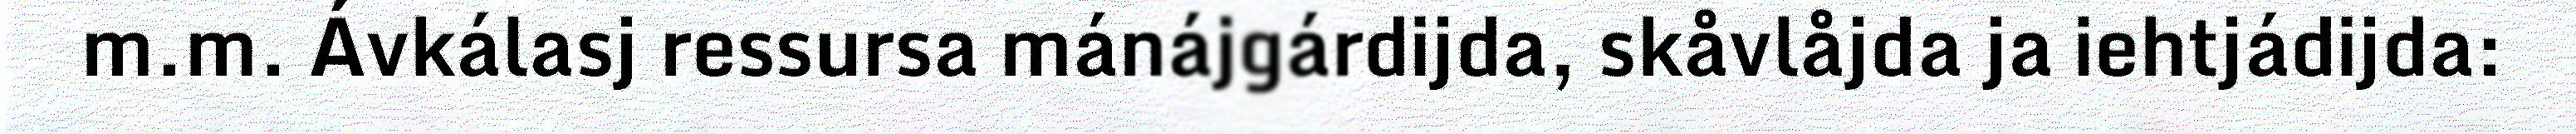
m.m. Ávkálasj ressursa mánájgárdijda, skåvlåjda ja iehtjádijda: